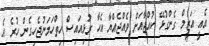
އެއީ އަޒީމް ގެންގުޅޭ ކުއްޖާއަށް ވެއްޖެއްޔާ އެހާ ރުޅިއައިސް ހިތްހަމަނުޖެހިގެން ހުރެ އެ